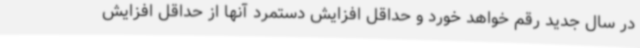
در سال جدید رقم خواهد خورد و حداقل افزایش دستمرد آنها از حداقل افزایش